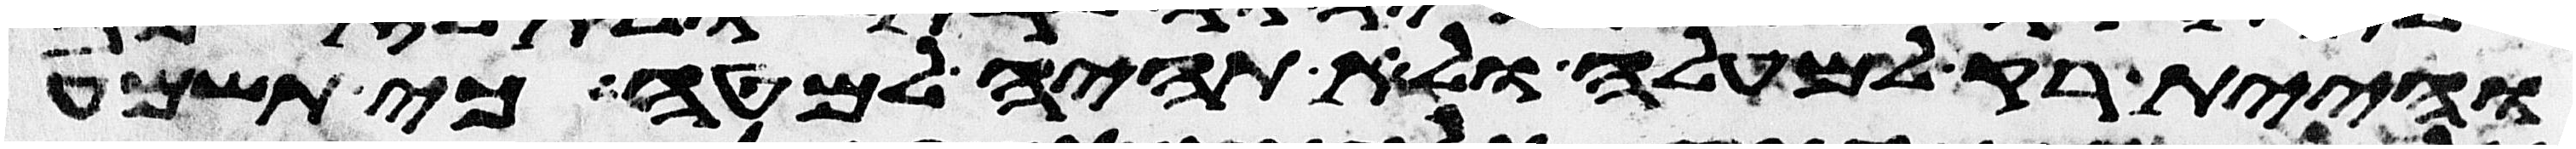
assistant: והיית רק למעלה ולא תהיה למטה כי תשמע